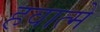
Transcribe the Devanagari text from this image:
हवात्मे